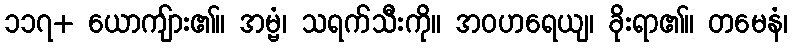
၁၁၇+ ယောကျ်ား၏။ အမ္ဗံ၊ သရက်သီးကို။ အဝဟရေယျ၊ ခိုးရာ၏။ တမေနံ၊